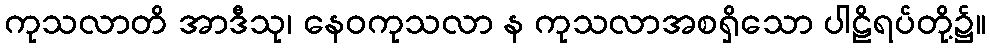
ကုသလာတိ အာဒီသု၊ နေဝကုသလာ န ကုသလာအစရှိသော ပါဠိရပ်တို့၌။